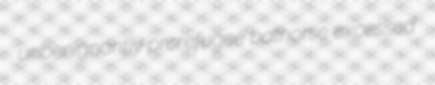
unbenignantly prorefugee bathorse excessed